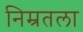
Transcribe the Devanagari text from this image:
निम्रतला